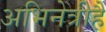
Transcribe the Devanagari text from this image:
अभिनेत्रीहैं